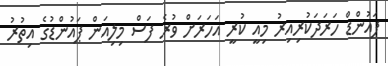
ޕައުންޑް ހަރަދަކުރިއިރު މިއީ ކުރީ އަހަރަށް ވުރެ ފަސް މިލިއަން ޕައުންޑުގެ އިތުރު